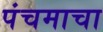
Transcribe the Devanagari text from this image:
पंचमाचा